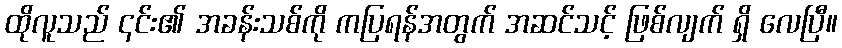
ထိုလူသည် ၎င်း၏ အခန်းသစ်ကို ကပြရန်အတွက် အဆင်သင့် ဖြစ်လျက် ရှိ လေပြီ။